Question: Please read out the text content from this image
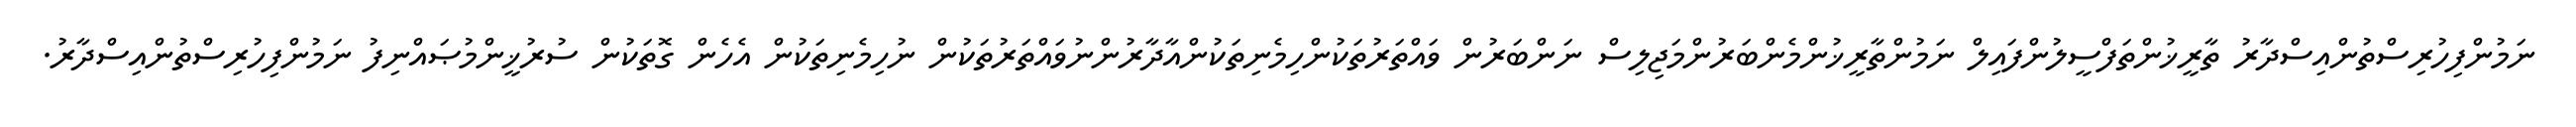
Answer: ނަމުންފިހުރިސްތުންއިސްދާރު ތާރީޚުންތަފްސީލުންފައިލް ނަމުންތާރީޚުންމެންބަރުންމަޖިލިސް ނަންބަރުން ވައްތަރުތަކުންހިމެނިތަކުންއާދާރުންނުވައްތަރުތަކުން ނުހިމެނިތަކުން އެހެން ގޮތަކުން ސުރުޚީންމުޞައްނިފު ނަމުންފިހުރިސްތުންއިސްދާރު.